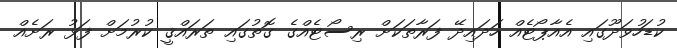
ކުޑަހުވަދޫގައި އެއާޕޯޓެއް ހަދައިދޭ ފަރާތަކަށް ރިސޯޓެއްގެ ގޮތުގައި ތަރައްޤީ ކުރުމަށް ފަޅު ރަށެއް